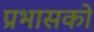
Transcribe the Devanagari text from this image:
प्रभासको